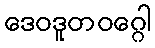
ဒေဝဒူတဝဂ္ဂေါ